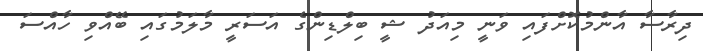
ދިރާސާ އާންމުކޮށްފައި ވަނީ މިއަދު ޝީ ބިލްޑިންގެ އަސަރީ މާލަމުގައި ބޭއްވި ހާއްސަ